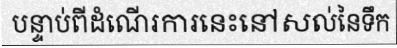
បន្ទាប់ពីដំណើរការនេះនៅសល់នៃទឹក